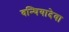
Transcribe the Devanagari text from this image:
वन्थियादेवा